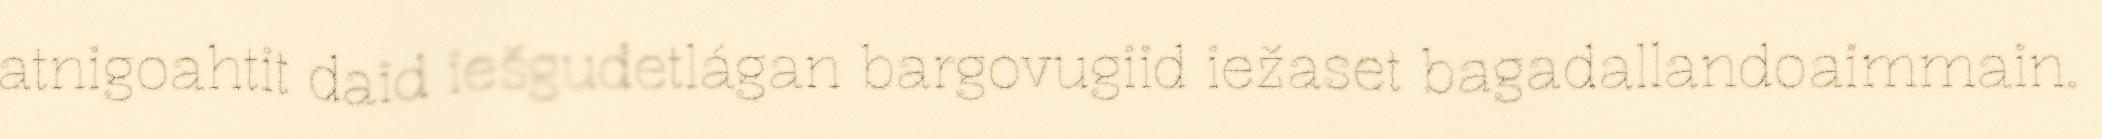
atnigoahtit daid iešguđetlágan bargovugiid iežaset bagadallandoaimmain.